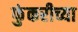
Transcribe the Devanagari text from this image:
फुंकरीच्या